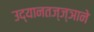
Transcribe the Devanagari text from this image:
उद्यानतज्ज्ञाने